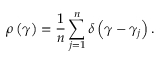
\rho \left( \gamma \right) = \frac { 1 } { n } \sum _ { j = 1 } ^ { n } \delta \left( \gamma - \gamma _ { j } \right) .